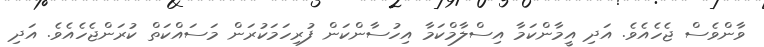
ވާންވެސް ޖެހެއެވެ. އަދި އީމާންކަމާ އިސްލާމްކަމާ އިހުސާންކަން ފުރިހަމަކުރަން މަސައްކަތް ކުރަންޖެހެއެވެ. އަދި